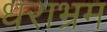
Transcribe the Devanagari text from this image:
धराभ्रम